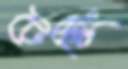
টেস্টিং